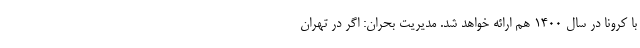
با کرونا در سال ۱۴۰۰ هم ارائه خواهد شد. مدیریت بحران: اگر در تهران